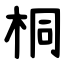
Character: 桐